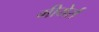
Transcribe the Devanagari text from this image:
मीयेर्स